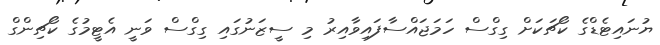
ޔުނައިޓެޑްގެ ކޯޗަކަށް ގިގްސް ހަމަޖައްސާފައިވާއިރު މި ސީޒަނުގައި ގިގްސް ވަނީ އެޓީމުގެ ކޯޗިންގް